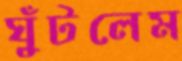
ঘুঁটলেম